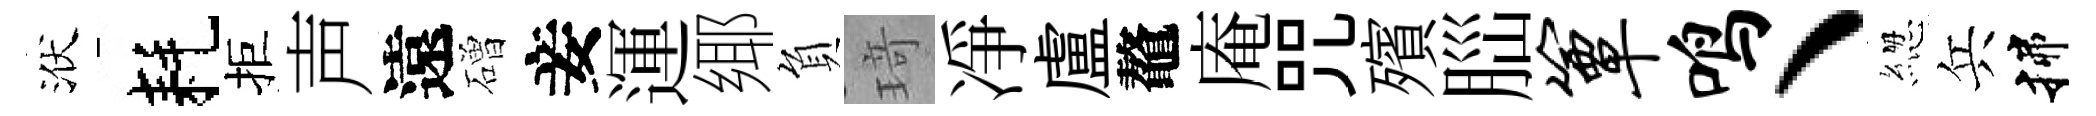
洑耗拒声遠磳妾運鄊負𤦺凈盧鼇庵咒殯𦛁簟鸣、緫兵揲